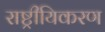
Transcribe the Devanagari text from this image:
राष्ट्रीयिकरण